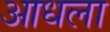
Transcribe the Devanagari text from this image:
आधला